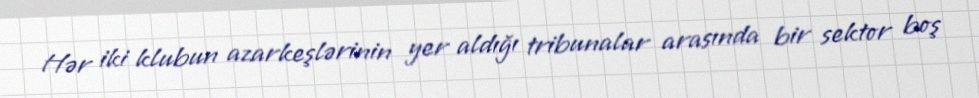
Hər iki klubun azarkeşlərinin yer aldığı tribunalar arasında bir sektor boş